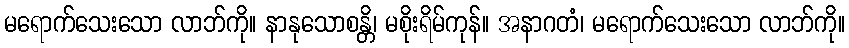
မရောက်သေးသော လာဘ်ကို။ နာနုသောစန္တိ၊ မစိုးရိမ်ကုန်။ အနာဂတံ၊ မရောက်သေးသော လာဘ်ကို။